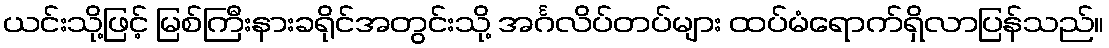
ယင်းသို့ဖြင့် မြစ်ကြီးနားခရိုင်အတွင်းသို့ အင်္ဂလိပ်တပ်များ ထပ်မံရောက်ရှိလာပြန်သည်။